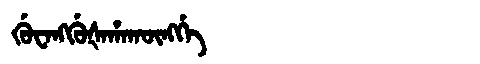
Manchu: ᡤᡠᠸᠠᠩᡤᡠᡧᠠᡥᠠᡴᡡᠩᡤᡝ
Romanization: GUWANGGUŠAHAKŪNGGE